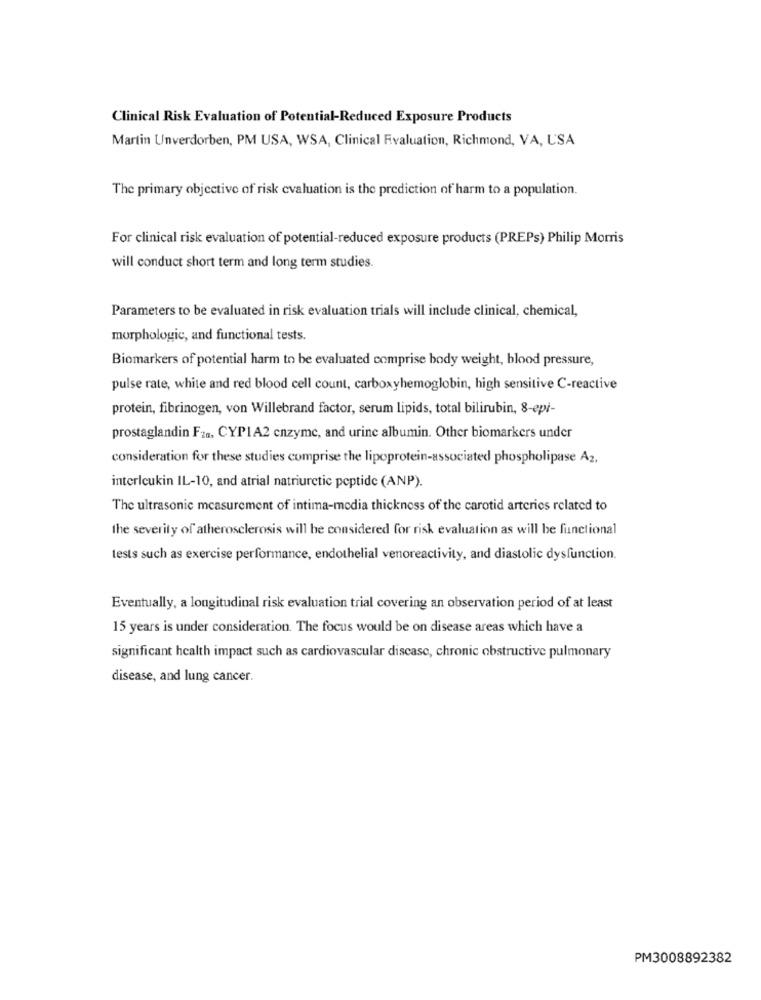
Clinical Risk Evaluation of Potential-Reduced Exposure Products
Martin Unverdorben, PM USA, WSA, Clinical Evaluation, Richmond, VA, USA
The primary objective of risk evaluation is the prediction of harm to a population.
For clinical risk evaluation of potential-reduced exposure products (PREPs) Philip Morris
will conduct short term and long term studies.
Parameters to be evaluated in risk evaluation trials will include clinical, chemical,
morphologic, and functional tests.
Biomarkers of potential harm to be evaluated comprise body weight, blood pressure,
pulse rate, white and red blood cell count, carboxyhemoglobin, high sensitive C-reactive
protein, fibrinogen, von Willebrand factor, serum lipids, total bilirubin, 8-epi-
prostaglandin Fra, CYPIA2 enzyme, and urine albumin. Other biomarkers under
consideration for these studies comprise the lipoprotein-associated phospholipase A2,
interleukin IL-10, and atrial natriuretic peptide (ANP).
The ultrasonic measurement of intima-media thickness of the carotid arteries related to
the severity of atherosclerosis will be considered for risk evaluation as will be functional
tests such as exercise performance, endothelial venoreactivity, and diastolic dysfunction.
Eventually, a longitudinal risk evaluation trial covering an observation period of at least
15 years is under consideration. The focus would be on disease areas which have a
significant health impact such as cardiovascular disease, chronic obstructive pulmonary
disease, and lung cancer.
PM3008892382